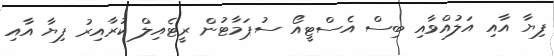
ފިޔާ އާއި އަލުއްވާއި ބިސް އެސްޓީއޯ ސުޕަމާޓުން ރީޓެއިލް ކުރާއިރު ފިޔާ އާއި